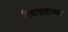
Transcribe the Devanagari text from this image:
रियासतीच्या